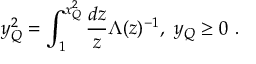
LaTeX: y _ { Q } ^ { 2 } = \int _ { 1 } ^ { x _ { Q } ^ { 2 } } \frac { d z } { z } \Lambda ( z ) ^ { - 1 } , ~ y _ { Q } \geq 0 ~ .